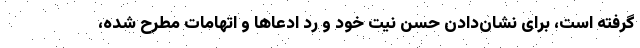
گرفته است، برای نشان‌دادن حسن نیت خود و رد ادعاها و اتهامات مطرح شده،